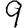
Digit: 9